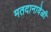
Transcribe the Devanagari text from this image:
मतदानावेळी